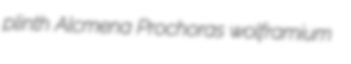
plinth Alcmena Prochoras wolframium